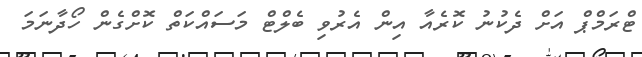
ޓްރަމްޕް އަށް ދެކުނު ކޮރެއާ އިން އެރުވި ބެލްޓް މަސައްކަތް ކޮށްގެން ހޯދާނަމަ